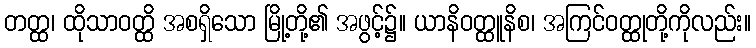
တတ္ထ၊ ထိုသာဝတ္ထိ အစရှိသော မြို့တို့၏ အဖွင့်၌။ ယာနိဝတ္ထူနိစ၊ အကြင်ဝတ္ထုတို့ကိုလည်း။